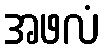
အဖလံ